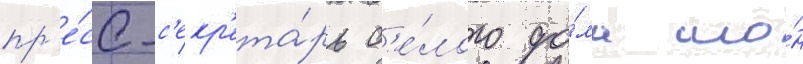
пр'е́сс-с'екр'ета́рь б'е́лого до́ма шо́н